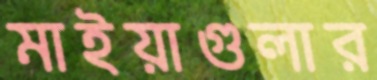
মাইয়াগুলার